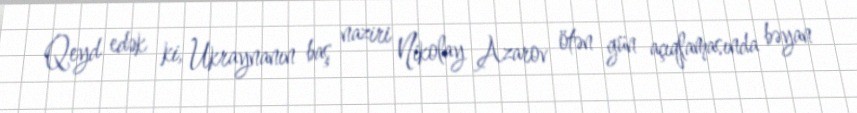
Qeyd edək ki, Ukraynanın baş naziri Nikolay Azarov ötən gün açıqlamasında bəyan